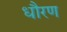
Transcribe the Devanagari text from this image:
धौरण